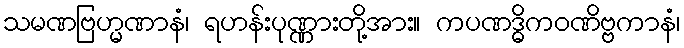
သမဏဗြဟ္မဏာနံ၊ ရဟန်းပုဏ္ဏားတို့အား။ ကပဏဒ္ဓိကဝဏိဗ္ဗကာနံ၊